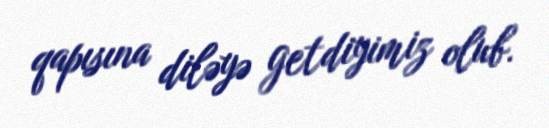
qapısına diləyə getdiyimiz olub.